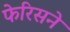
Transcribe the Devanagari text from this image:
फेरिसने